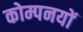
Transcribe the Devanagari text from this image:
कोम्पनयों